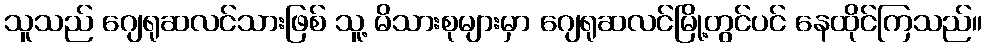
သူသည် ဂျေရုဆလင်သားဖြစ် သူ့ မိသားစုများမှာ ဂျေရုဆလင်မြို့တွင်ပင် နေထိုင်ကြသည်။